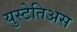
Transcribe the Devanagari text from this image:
युस्टेतिअस